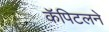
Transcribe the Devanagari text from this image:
कॅपिटलने